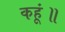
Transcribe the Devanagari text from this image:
कहूं॥